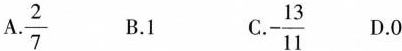
A.\frac{2}{7} B.1 C.-\frac{13}{11} D.0